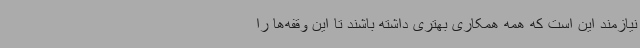
نیازمند این است که همه همکاری بهتری داشته باشند تا این وقفه‌ها را